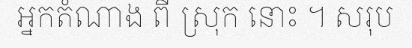
អ្នកតំណាង ពី ស្រុក នោះ ។ សរុប